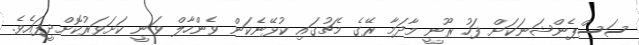
ސަސްޕެންޝަނަކަށް ފަހު ރޫނީ މާދަމާ ރޭގެ މެޗުގައި ކުޅޭނެކަން ވެންހާލް ވަނީ ކަށަވަރުކޮށްދީފައެވެ.